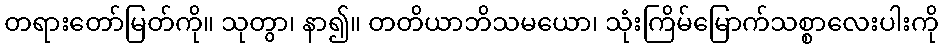
တရားတော်မြတ်ကို။ သုတွာ၊ နာ၍။ တတိယာဘိသမယော၊ သုံးကြိမ်မြောက်သစ္စာလေးပါးကို